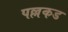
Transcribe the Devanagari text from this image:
पल्लकड